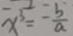
x ^ { 3 } = - \frac { b } { a }